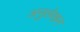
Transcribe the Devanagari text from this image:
अनुलेखन